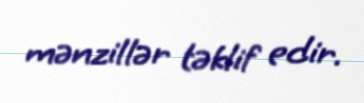
mənzillər təklif edir.